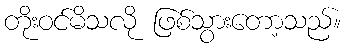
တိုးဝင်မိသလို ဖြစ်သွားတော့သည်။